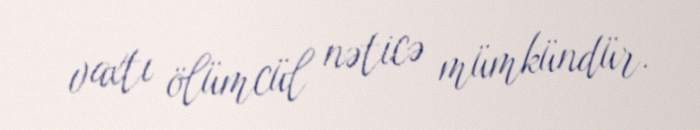
vaxtı ölümcül nəticə mümkündür.